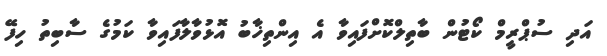
އަދި ސުޕްރީމް ކޯޓުން ބާތިލްކޮށްފައިވާ އެ އިންތިޚާބު އޮޅުވާލާފައިވާ ކަމުގެ ސާބިތު ހިފޭ